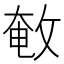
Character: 𢽱